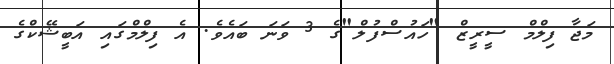
މަޖާ ފިލްމް ސީރީޒް "ހައުސްފުލް"ގެ 3 ވަނަ ބައެވެ. އެ ފިލްމްގައި އަބީޝޭކްގެ